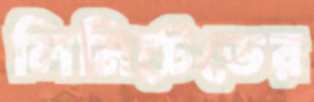
লিমিটেডের